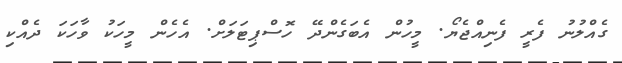
ގެއްލުނު ފެރީ ފެނިއްޖެޔޯ. މީހުން އެބަގެންދޭ ހޮސްޕިޓަލަށް. އެހެން މީހަކު ވާހަކަ ދެއްކި